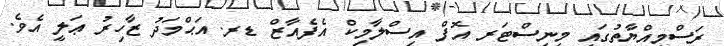
ރަސްމިއްޔާތުގައި މިނިސްޓަރ އޮފް އިސްލާމިކް އެފެއާޒް ޑރ. އަޙްމަދު ޒާހިރު ޢަލީ އެވެ.